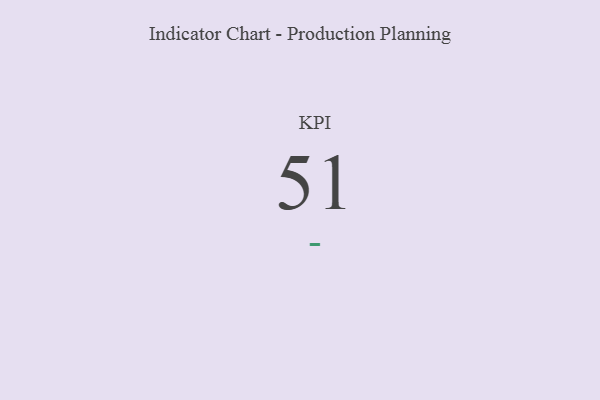
{"axis": {"x": "KPI", "y": "Value"}, "legend": [""], "data": [{"x": "KPI", "y": 51, "type": ""}]}